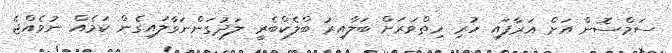
ސަމްސޮން އަށް އަރާފައި ހުރި ހިތްވަރަށް ބަލާއިރު ބްލެކްބެރީ ލަދުގަންނަވާލައިގެން ކަމެއް ނުވެއްޖެ